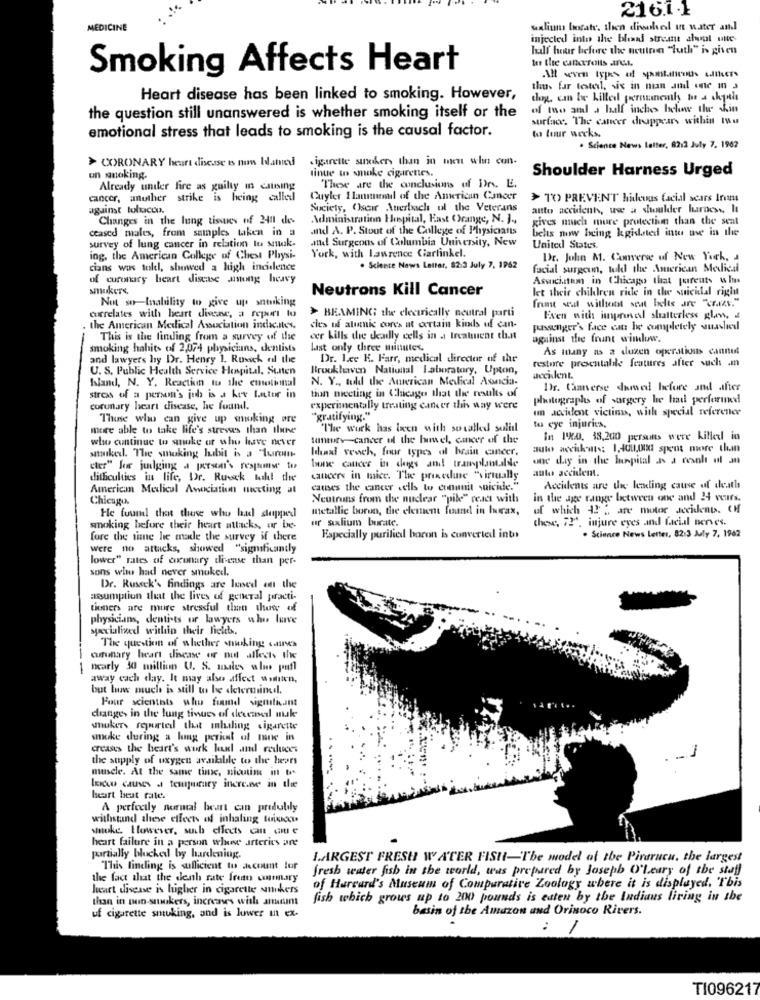
216.1.1
MEDICINE
sexlius bogate. then dieoled in water and
injected into the bland stream shal utte-
half hour before the ucutna "luth" is given
Smoking Affects Heart
thus far tested, sie in man and one in a
Heart disease has been linked to smoking. However,
dog, can be killed permanently te a chantla
of two and a half inches below the shin
the question still unanswered is whether smoking itself or the
surface. The cancer drappears within mu
emotional stress that leads to smoking is the causal factor.
to tuur weeks.
. Science News Letter, 8212 July 7. 1962
> CORONARY heart disease ts now Ilahi
sigarette sineker, than in men when con-
tinue to smoke cigarettes.
Shoulder Harness Urged
un anoking.
Already under fire as guilty in causing
"These are the conclusions of DM. E.
cancer, another strike is heing called
Cuyler 1 lammeud of the American Cancer
> TO PREVENT hideous facial scars Iroma
against tolucoo.
Society, Oseir Auerbach ul the Veterans
antto acculent, wwe a shoulder lurdes. It
Changes in the lung tiswies of 2411 ches
Administration Hospital, East (range, N. J .,
gives much more protection than the sent
ceased males, from samples taken in a
.nud A. P. Stout of the College of Physicians
behs now being kgissted inte the in the
attd Surgeons of Columbia University, New
survey of lung cancer in relation tu smuk.
United States.
ing. the American College of Chest Physi-
York, with Lawrence Carlinkel.
Dr. John M. Converse of New York, a
cians was toldl, showed a high incidence
. Science News Letter, 82.3 July 7, 1962
facial surgeun, tuld the American Medical
of coronary heart disease asong heavy
Associatemn in Chicago that pureuts is Im
smukers,
Neutrons Kill Cancer
let their children ride in the suicidal rigi
Not so-Inability to give up somking
front seat without seat belts are "Crazy."
correlates with heart divene, a report to
> BEAMING the electrically neutral parti
Even with imprined shatterless glow,
the American Medical Association inc.Itos.
cies uf alumnic cores ut certain kinds uf can-
passenger's face can be completely suasled
This is the finding from a survey of the
cer kills the deadly cells in a treattuent th.it
against the frunt window.
smoking habits of 2,074 physicians, dentists
last only three minutes.
As many as a duzen operations cannot
and lawyers by Dr. Henry 1. Rusch al the
Dr. Lee K. Farr, medical director of the
restore presentabile features after such .m
U. S. Public Health Service Hospital, Surten
Brookhaven National Laboratory, Upton,
Island, N. Y. Reactium tu the emotional
N. Y ., tuld the American Medical Asnicia-
tion meeting in Chicago that the results of
Dr. Camverse showed before and after
stross of a person's jul is a key factor in
photographs of surgery he had performed
coronary heart disease, he found.
experimentally treating cancer this way were
un accident victinn, with special reference
Those who can give up smoking are
"gratifying."
more able to take life's stresws than Ilune
The work has been with socalled solid
to eye injuries,
who continue to smoke or who have never
suntory cancer el the huwel, cancer of the
In I'D. 38,200 persuns were killed in
Ihadt vench, four types of brain cancer.
auto acciskats: 1,400,000 spent more than
staked. The smoking hubit is a "turen
one day in the benpital as a result of an
cter" for julging .a person's response to
bone cancer in chigs and transplantalde
auto accident.
ditheulties in life, Dr. Ruisek tuah! the
cancers in mice. The priceuse "virtually
American Melicul Awociation neccting al
causes the cancer cells to commit suicide.
Accidents are the leading cause of deaths
Chicago.
Neutruns from the nuclear "pile" react withs
in the age range between one and 24 vars.
He found that those who had dappel
metallic borun, the element found in Irax,
of which 42 ;, are motor accidents. CM
these, 72", injure eyes and facial nerves.
smoking before their heart attacks, ur be-
ur sulium burate.
fore the time he made the survey if there
Especially purified boron is converted into
. Science News Letter, 82:3 July 7, 1962
were no attacks, showed "significantly
lower" rates of ereunary di-case than per-
sons who had never smuked.
Dr. Russck's findings are lened ent the
assumption that the lives of general practi-
tioners are more stressful than those of
physicians, dentists or lawyers who love
socialized within their fieles.
The question of whether shaking cannes
curunary heart disease or nut allects the
nearly 30 million U. S. sales w lis pufl
away cach day. It may also affect women,
but how much is still to be determinedl.
Four scientots whu fuund signifiant
drange, in the lung tivues of seeenel mak
whukers reported that mhiling cigarette
smoke during a lung porical of mne in
creases the heart's work loud and reduces
the supply of oxygen available to the bears
muscle. At the same time, nicutime int to
loco causes . tempurary increne in the
heart beat rate.
A perfectly normal beart can produbily
withstand these effects of inhaling toivo
smoke. However, sub effects an que
heart failure in a person whose arteries are
partially blocked by hardening.
LARGEST FRESH WATER FISH-The model of the Pirarucu, the largest
This finding is sufficient to Acount lor
fresh water fish in the world, was prepared by Joseph O'Leary of the staff
the fact that the denh rate fruto canary
heart disease is lugher in cigarette ankers
of Harvard's Museum of Comparative Zoology where it is displayed. This
than in mun-sukers, increases with anum
fish which grows up to 200 pounds is eaten by the Indians firing in the
uf cigarette smoking, and is lower in ex-
basin of the Amazon and Orinoco Rivers.
:
1
TI096217